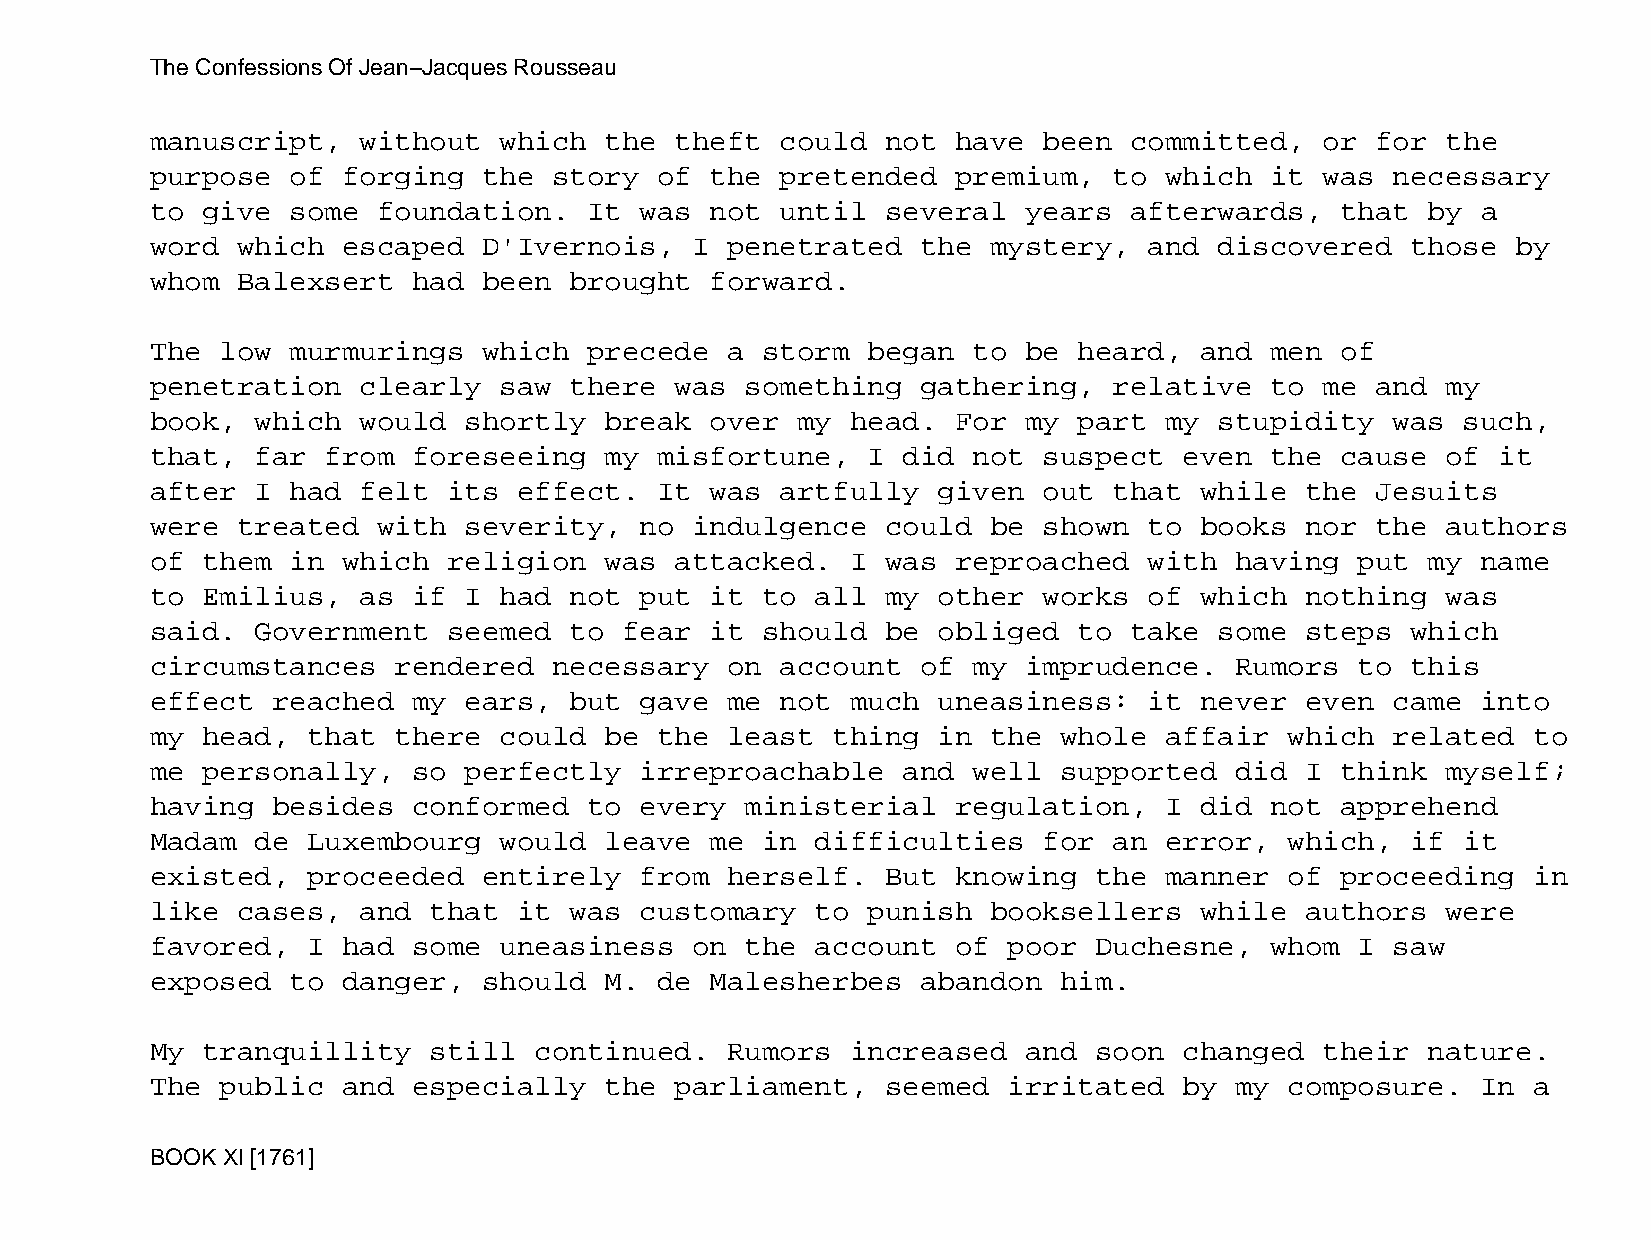
The Confessions Of Jean−Jacques Rousseau
 manuscript,   without  which  the  theft  could  not have  been  committed,   or for  the
 purpose  of  forging  the  story  of the  pretended  premium,   to which  it  was necessary
 to give  some  foundation.   It was  not  until  several  years  afterwards,   that  by a
 word  which  escaped  D'Ivernois,   I penetrated   the  mystery,  and  discovered  those  by
 whom  Balexsert  had  been  brought  forward.
 The  low murmurings   which  precede  a storm  began  to  be heard,  and  men  of
 penetration   clearly  saw  there  was something   gathering,   relative  to  me and  my
 book,  which  would  shortly  break  over  my head.  For  my part  my  stupidity  was  such,
 that,  far  from foreseeing   my  misfortune,  I  did not  suspect  even  the  cause  of it
 after  I had  felt  its effect.   It was  artfully  given  out  that while  the  Jesuits
 were  treated  with  severity,  no  indulgence   could  be shown  to books  nor  the  authors
 of them  in  which  religion  was  attacked.  I  was reproached   with  having  put  my name
 to Emilius,   as if  I had  not put  it to  all  my other  works  of which  nothing   was
 said.  Government   seemed  to fear  it should   be obliged  to  take  some steps  which
 circumstances   rendered   necessary  on  account  of my  imprudence.   Rumors  to this
 effect  reached  my  ears,  but gave  me  not much  uneasiness:   it never  even  came  into
 my head,  that  there  could  be  the least  thing  in  the whole  affair  which  related  to
 me personally,   so  perfectly  irreproachable    and well  supported   did I  think  myself;
 having  besides  conformed   to every  ministerial   regulation,   I did  not  apprehend
 Madam  de Luxembourg   would  leave  me in  difficulties   for  an error,  which,  if  it
 existed,  proceeded   entirely  from  herself.   But knowing  the  manner  of  proceeding  in
 like  cases,  and that  it  was customary   to punish   booksellers  while  authors   were
 favored,  I  had some  uneasiness   on the  account  of  poor Duchesne,   whom  I saw
 exposed  to  danger,  should  M.  de Malesherbes   abandon  him.
 My tranquillity   still  continued.   Rumors  increased   and soon  changed   their  nature.
 The  public  and especially   the  parliament,   seemed  irritated  by  my composure.   In a
 BOOK XI [1761]